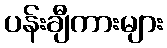
ပန်းချီကားများ